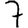
Digit: 7